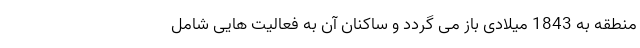
منطقه به 1843 میلادی باز می گردد و ساکنان آن به فعالیت هایی شامل